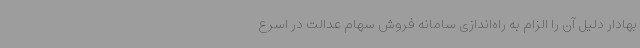
بهادار دلیل آن را الزام به راه‌اندازی سامانه فروش سهام عدالت در اسرع